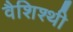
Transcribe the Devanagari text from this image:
वैशिश्थी